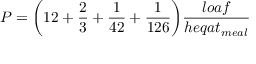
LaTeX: P = { \bigg ( } 1 2 + { \frac { 2 } { 3 } } + { \frac { 1 } { 4 2 } } + { \frac { 1 } { 1 2 6 } } { \bigg ) } { \frac { l o a f } { h e q a t _ { m e a l } } }